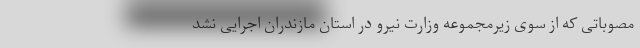
مصوباتی که از سوی زیرمجموعه وزارت نیرو در استان مازندران اجرایی نشد